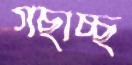
গছাচ্ছ